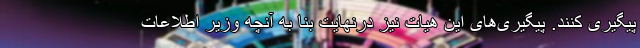
پیگیری کنند. پیگیری‌های این هیات نیز درنهایت بنا به آنچه وزیر اطلاعات